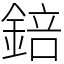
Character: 錇